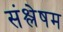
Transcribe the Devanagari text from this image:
संश्लेषम